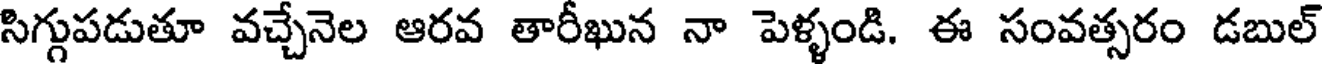
సిగ్గుపడుతూ వచ్చేనెల ఆరవ తారీఖున నా పెళ్ళండి. ఈ సంవత్సరం డబుల్